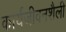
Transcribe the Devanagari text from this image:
कार्यजीवनशैली